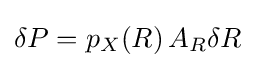
\delta P=p_{X}(R)\,A_{R}\delta R